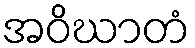
အဝိဃာတံ